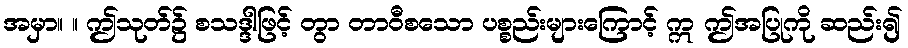
အမှာ။ ။ ဤသုတ်၌ စသဒ္ဒါဖြင့် တွာ တာဝီစသော ပစ္စည်းများကြောင့် ဣ ဤအပြုကို ဆည်း၍